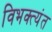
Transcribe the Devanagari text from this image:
विभक्त्यंत